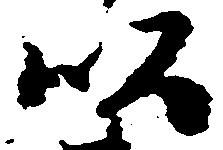
以